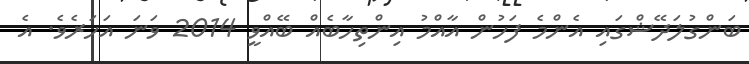
ބަންގުލަދޭޝްގައި އެންމެ ފަހުން އާއްމު އިންތިހާބެއް ބޭއްވީ 2014 ވަނަ އަހަރެވެ. އެ